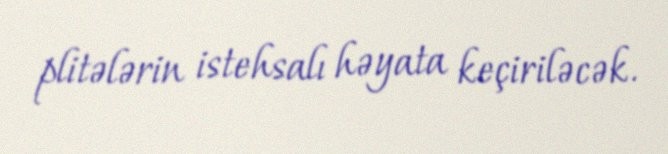
plitələrin istehsalı həyata keçiriləcək.